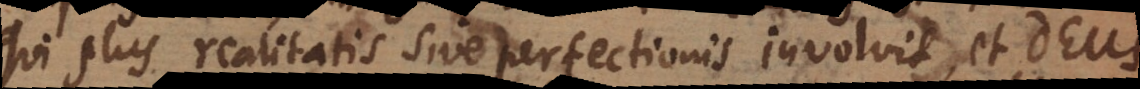
qui plus realitatis sive perfectionis involvit, et Deus